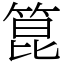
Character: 箟